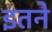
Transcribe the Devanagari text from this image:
इतने